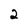
Character: 2